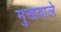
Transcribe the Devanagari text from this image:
मुखवाले